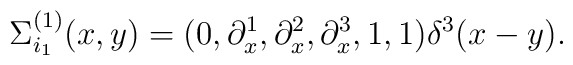
\Sigma^{(1)}_{i_1}(x,y)=(0,\partial^1_x,\partial^2_x,\partial^3_x,1,1)\delta^3(x-y).